Senior Leaving Certificate Examination (including Day School Certificate (Higher) General paper), 1946
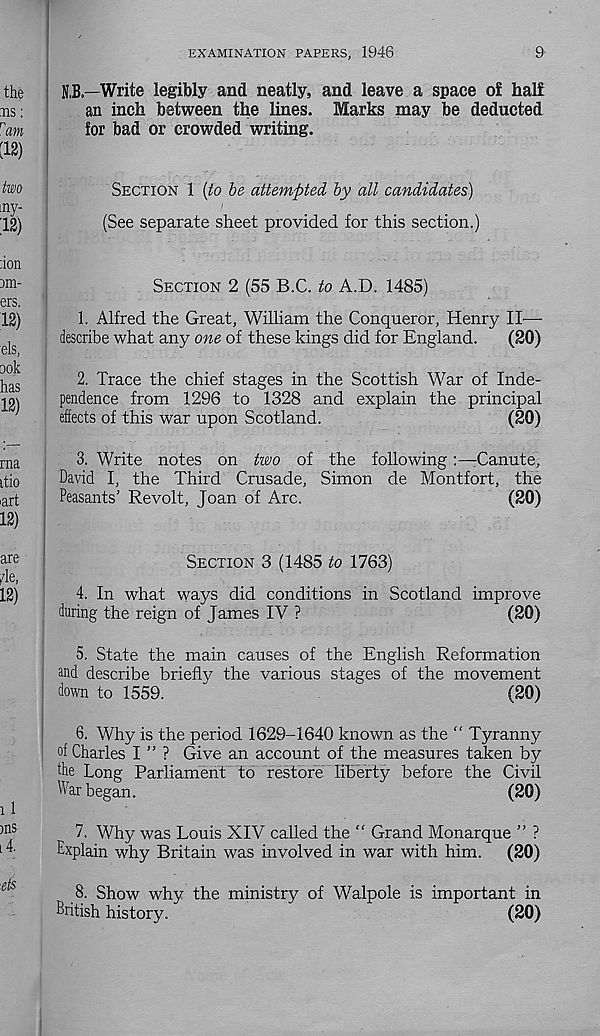
EXAMINATION PAPERS, 1946
9'
N.B.—Write legibly and neatly, and leave a space of half
an inch between the lines. Marks may be deducted
for bad or crowded writing.
SECTION 1 {to be attempted by all candidates)
(See separate sheet provided for this section.)
SECTION 2 (55 B.C. to A.D. 1485)
1. Alfred the Great, William the Conqueror, Henry II—
describe what any one of these kings did for England.
(20)
2. Trace the chief stages in the Scottish War of Inde-
pendence from 1296 to 1328 and explain the principal
effects of this war upon Scotland.
(20)
3. Write notes on two of the followingCanute,
David I, the Third Crusade, Simon de Montfort, the
Peasants’ Revolt, Joan of Arc.
(20)
SECTION 3 (1485 to 1763)
4. In what ways did conditions in Scotland improve
during the reign of James IV ?
(20)
5. State the main causes of the English Reformation
and describe briefly the various stages of the movement
down to 1559.
"
(20)
6. Why is the period 1629-1640 known as the “ Tyranny
of Charles I ” ? Give an account of the measures taken by
fhe Long Parliament to restore liberty before the Civil
War began.
(20)
7. Why was Louis XIV called the “ Grand Monarque ” ?
Explain why Britain was involved in war with him.
(20)
8.
Show why the ministry of Walpole is
British history.
(20)